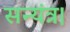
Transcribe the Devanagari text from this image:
सन्यंत्र।